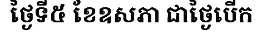
ថ្ងៃទី៥ ខែឧសភា ជាថ្ងៃបើក